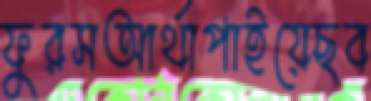
ফুরসআর্থাপাইয়েছব